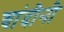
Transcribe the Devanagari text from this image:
चांदीनी